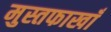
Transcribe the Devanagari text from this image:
मुस्तफाखाँ